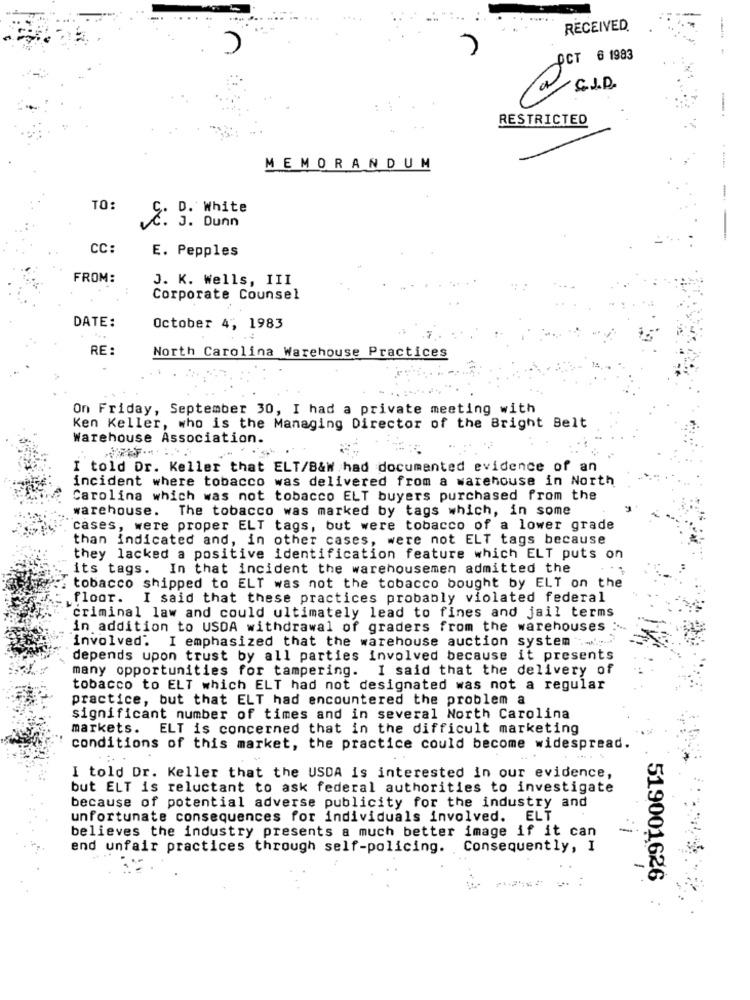
RECEIVED.
-
PCT 6 1983
CJD
RESTRICTED
-.
MEMORANDUM
-
TO:
D. White
č. J. Dunn
CC:
E. Pepples
FROM:
J. K. Wells, III
Corporate Counsel
DATE:
October 4, 1983
RE:
North Carolina Warehouse Practices
On Friday, September 30, I had a private meeting with
Ken Keller, who is the Managing Director of the Bright Belt
Warehouse Association.
I told Dr. Keller that ELT/B&W had documented evidence of an
incident where tobacco was delivered from a warehouse in North
Carolina which was not tobacco ELT buyers purchased from the
warehouse. The tobacco was marked by tags which, in some
cases, were proper ELT tags, but were tobacco of a lower grade
than indicated and, in other cases, were not ELT tags because
they lacked a positive identification feature which ELT puts on
its tags.
In that incident the warehousemen admitted the
tobacco shipped to ELT was not the tobacco bought by ELT on the
floor. I said that these practices probably violated federal
criminal law and could ultimately lead to fines and jail terms
in addition to USDA withdrawal of graders from the warehouses :-
involved. I emphasized that the warehouse auction system .........
depends upon trust by all parties involved because it presents
many opportunities for tampering. I said that the delivery of
tobacco to ELT which ELT had not designated was not a regular
practice, but that ELT had encountered the problem a
significant number of times and in several North Carolina
markets. ELT is concerned that in the difficult marketing
conditions of this market, the practice could become widespread.
I told Dr. Keller that the USDA is interested in our evidence,
but ELT is reluctant to ask federal authorities to investigate
because of potential adverse publicity for the industry and
unfortunate consequences for individuals involved. ELT
believes the industry presents a much better image if it can
end unfair practices through self-policing. Consequently, I
519001626